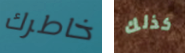
خاطرك كذلك